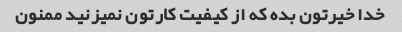
خدا خیرتون بده که از کیفیت کارتون نمیزنید ممنون